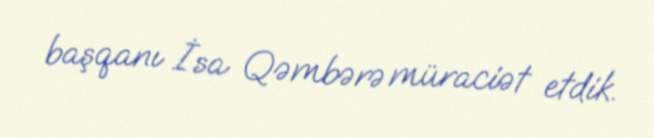
başqanı İsa Qəmbərə müraciət etdik.